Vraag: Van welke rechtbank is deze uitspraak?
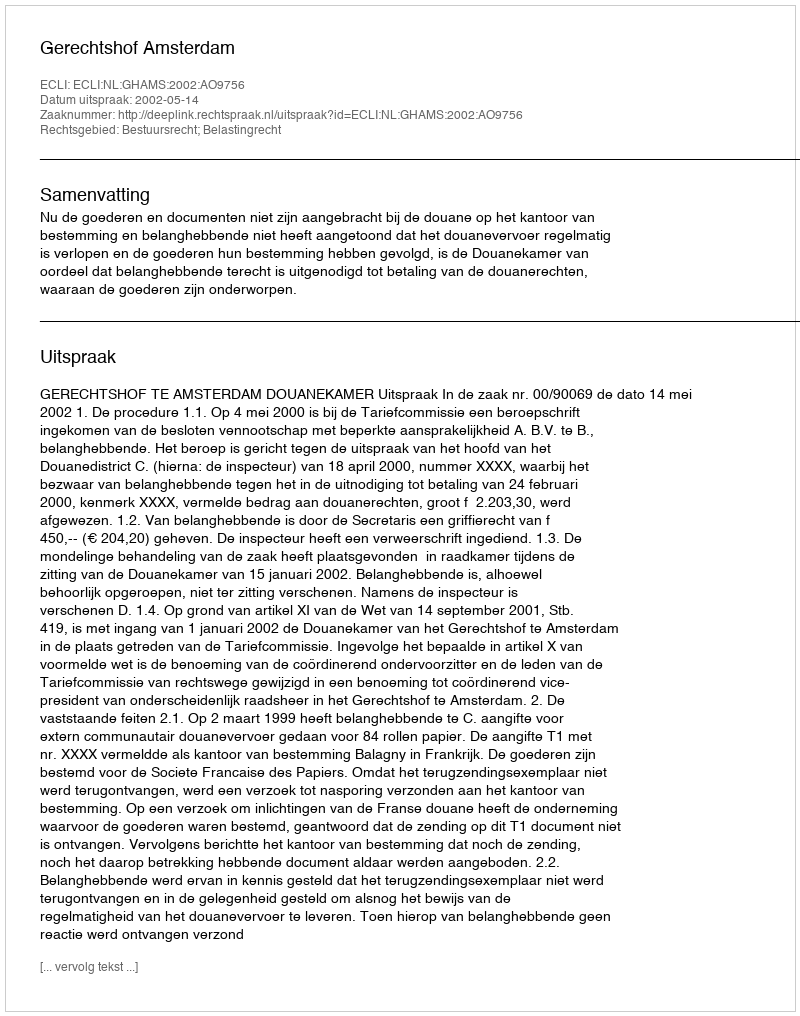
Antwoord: Gerechtshof Amsterdam